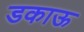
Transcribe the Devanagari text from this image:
डकाऊ